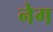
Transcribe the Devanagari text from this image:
नेग